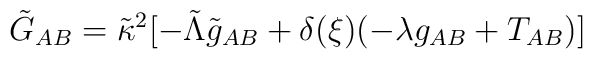
\tilde{G}_{AB} = \tilde{\kappa}^2 [ - \tilde{\Lambda}\tilde{g}_{AB} + \delta(\xi)({- \lambda g_{AB} + T_{AB}})]